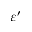
\varepsilon ^ { \prime }